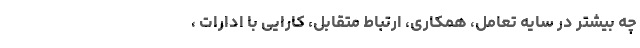
چه بیشتر در سایه تعامل، همکاری، ارتباط متقابل، کارایی با ادارات ،